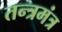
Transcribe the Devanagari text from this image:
तन्त्रमंत्र